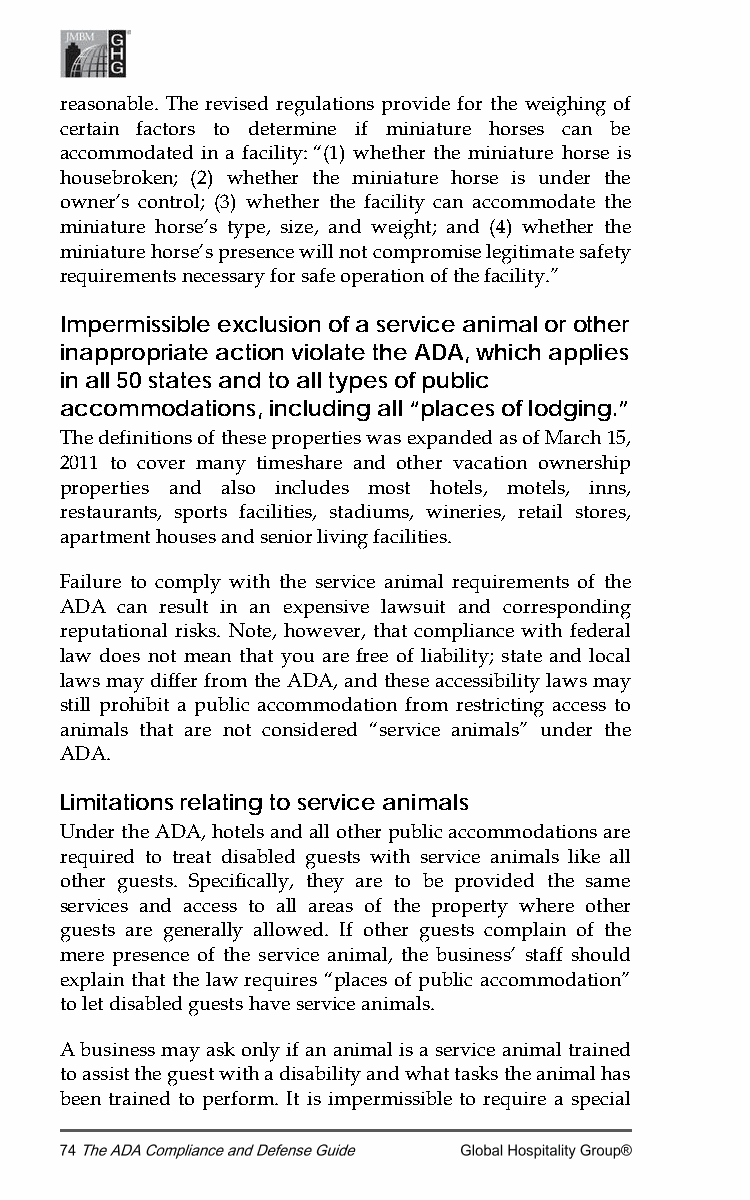
reasonable. The revised regulations provide for the weighing of
 certain factors to determine if miniature horses can be
 accommodated in a facility: “(1) whether the miniature horse is
 housebroken; (2) whether the miniature horse is under the
 owner’s control; (3) whether the facility can accommodate the
 miniature horse’s type, size, and weight; and (4) whether the
 miniature horse’s presence will not compromise legitimate safety
 requirements necessary for safe operation of the facility.”
 Impermissible exclusion of a service animal or other
 inappropriate action violate the ADA, which applies
 in all 50 states and to all types of public
 accommodations, including all “places of lodging.”
 The definitions of these properties was expanded as of March 15,
 2011 to cover many timeshare and other vacation ownership
 properties and also includes most hotels, motels, inns,
 restaurants, sports facilities, stadiums, wineries, retail stores,
 apartment houses and senior living facilities.
 Failure to comply with the service animal requirements of the
 ADA can result in an expensive lawsuit and corresponding
 reputational risks. Note, however, that compliance with federal
 law does not mean that you are free of liability; state and local
 laws may differ from the ADA, and these accessibility laws may
 still prohibit a public accommodation from restricting access to
 animals that are not considered “service animals” under the
 ADA.
 Limitations relating to service animals
 Under the ADA, hotels and all other public accommodations are
 required to treat disabled guests with service animals like all
 other guests. Specifically, they are to be provided the same
 services and access to all areas of the property where other
 guests are generally allowed. If other guests complain of the
 mere presence of the service animal, the business’ staff should
 explain that the law requires “places of public accommodation”
 to let disabled guests have service animals.
 A business may ask only if an animal is a service animal trained
 to assist the guest with a disability and what tasks the animal has
 been trained to perform. It is impermissible to require a special